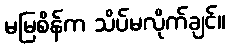
မမြစိန်က သိပ်မလိုက်ချင်။